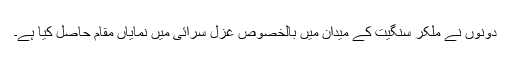
دونوں نے مِلکر سنگِیت کے میدان میں بالخصوص غزل سرائی میں نمایاں مقام حاصل کیا ہَے۔